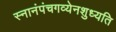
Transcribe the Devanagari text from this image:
स्नानंपंचगव्येनशुध्यति